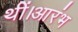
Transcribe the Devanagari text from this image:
थीं।आरंभ